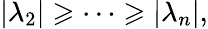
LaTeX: |\lambda_{2}|\geqslant\cdots\geqslant|\lambda_{n}|,